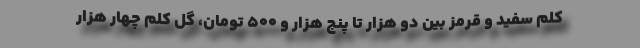
کلم سفید و قرمز بین دو هزار تا پنج هزار و ۵۰۰ تومان، گل کلم چهار هزار